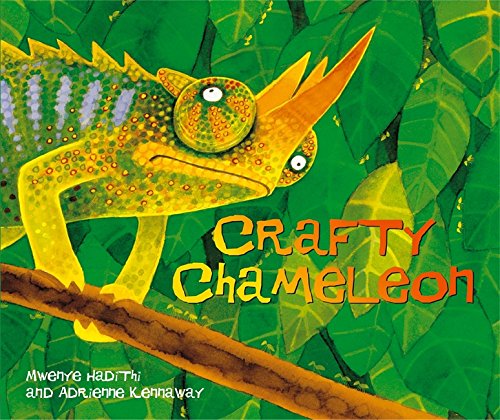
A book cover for Crafty Chameleon (African Animal Tales); Mwenye Hadithi; Children's Books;